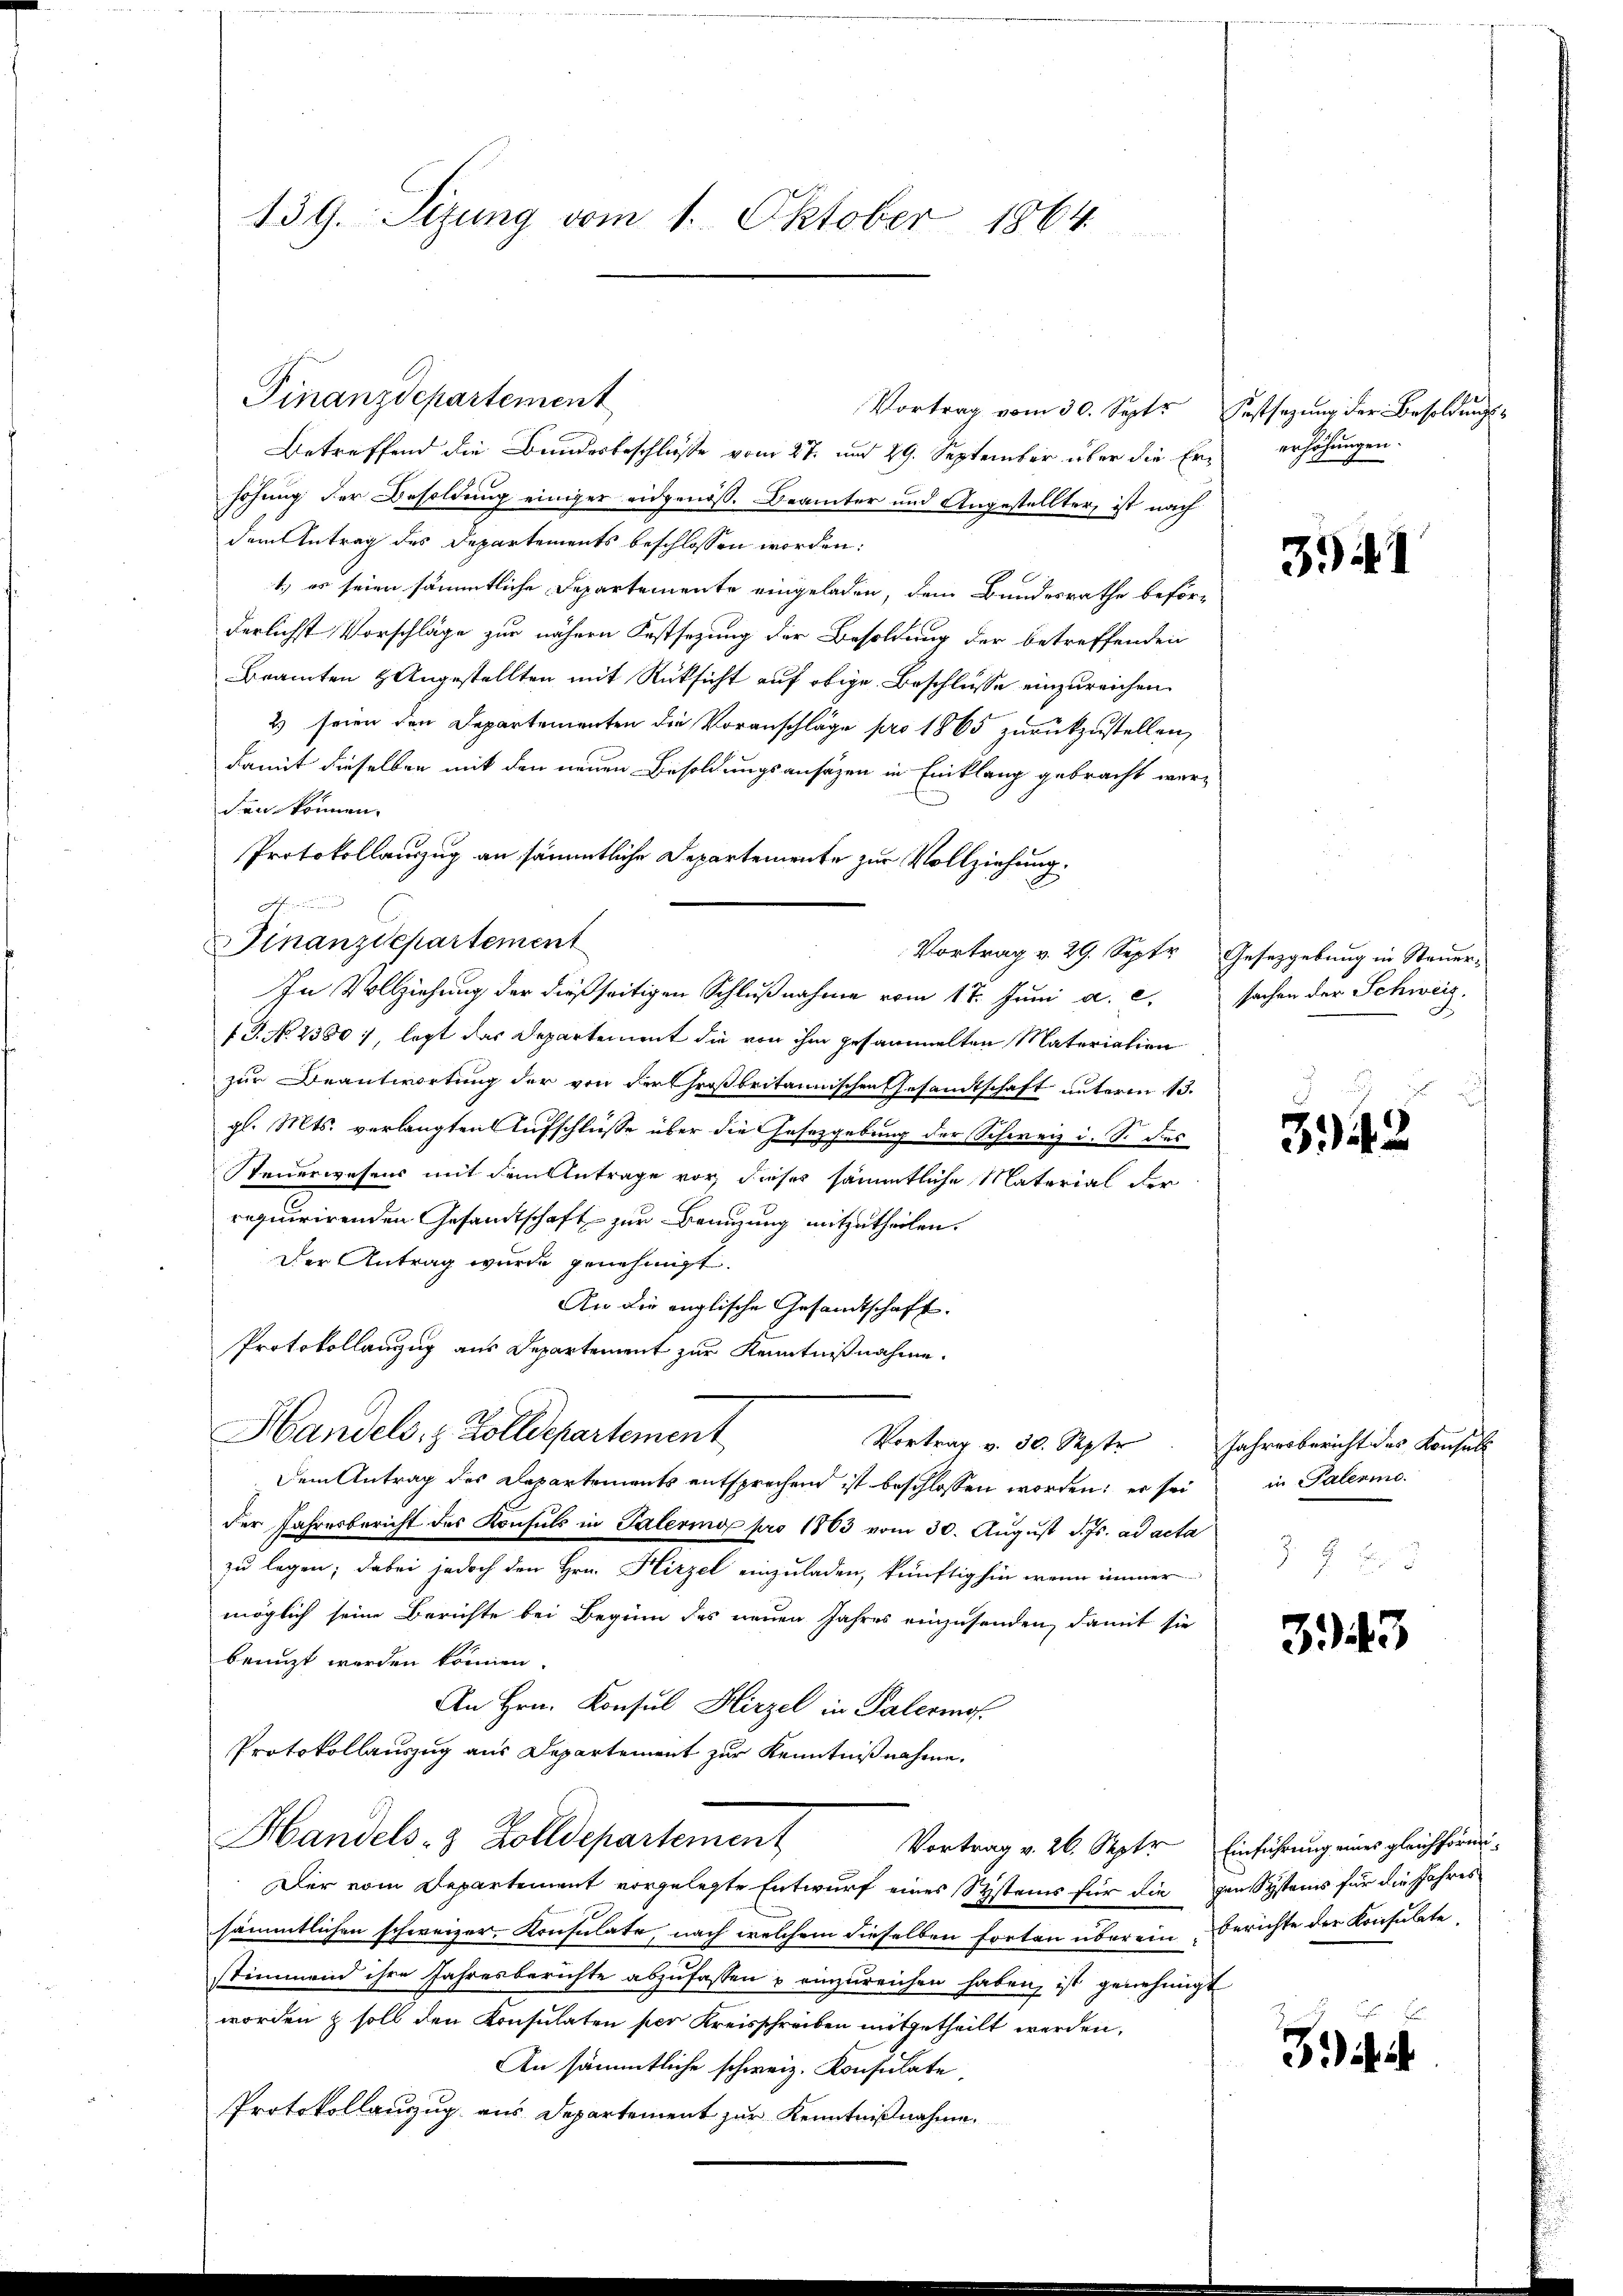
139. Sizung vom 1. Oktober 1864.

Finanzdepartement

Betreffend die Bundesbeschluße vom 27. und 29. September über die Er- erhöhungen.
höhung der Besoldung einiger eidgenöß. Brämter und Angestellter, ist nach
dem Antrag des Departements beschlossen worden:
t.) es seien sämmtliche Departemente eingeladen, dem Bundesrathe beförderlichst Vorschläge zur nähern Festsezung der Besoldung der betreffenden
Bramten & Angestellten mit Rücksicht auf obige Beschlusse einzureichen.
2) seien den Departementen die Voranschläge pro 1865 zurückzustellen,
damit dieselben mit den neuen Besoldungsansäzen in Einklang gebracht werden können.
Protokollauszug an sämmtliche Departemente zur Vollziehung.

Finanzdepartement
Vortrag v. 29. Septer Gesetzgebung in Steuer-
In Vollziehung der dießseitigen Schlußnahme vom 17. Juni a. c.
fT. No. 2380), legt das Departement die von ihm gesammelten Materialien
zur Beantwortung der von der Chroßbritannischen Gesandtschaft unterm 13.
gl. Mts. verlangten Aufschlüsse über die Gesetzgebung der Schweiz i. S. des
Steuerwesens mit dem Antrage vor, dieses sämmtliche Material der
requirirenden Gesandtschaft zur Benuzung mitzutheilen.
Der Antrag wurde genehmigt.
An die englische Gesandtschaft.
Protokollanzug aus Departement zur Kenntnißnahme.
Handels, z. Zolldepartement
Vortrag v. 30. Septe. Jahresbericht des Konsul
Dem Antrag des Departements entsprechend ist beschlossen worden; er sei
der Jahresbericht des Konsuls in Palering pro 1863 vom 30. August d. Js. ad acta
zu legen; dabei jedoch den Hrn. Hirzel einzuladen, künftighin wenn immer-
möglich seine Berichte bei Beginn des neuen Jahres einzusenden, damit sie
benuzt worden können.
An Hrn. Konsul Hirzel in Palermo
Protokollauszug aus Departement zur Kenntnißnahme.
Handels- & Zolldepartement
Vortrag v. 26. Septr
Der vom Departement vorgelegte Entwurf eines Systems für die
sämmtlichen schweizer, Konsulate, nach welchem dieselben forten übereinstimmend ihre Jahresberichte abzufassen u einzureichen haben, ist genehmigt
worden & soll den Konsulaten per Kreisschreiben mitgetheilt werden,
An sämmtliche schweiz. Konsulate
Protokollauszug aus Departement zur Kenntnißnahme.

Vortrag vom 30. Sept.

Festsezung der Besoldungs¬

341

sachen der Schweiz.

3.442

in Palermo

343

Einführung eines gleichförmigen Systems für die Jahres
berichte der Konsulate.

Zii